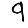
Digit: 9